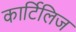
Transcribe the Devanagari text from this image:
कार्टिलिज